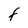
Character: F